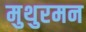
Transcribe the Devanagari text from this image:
मुथुरमन